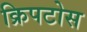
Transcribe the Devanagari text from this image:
क्रिपटोस